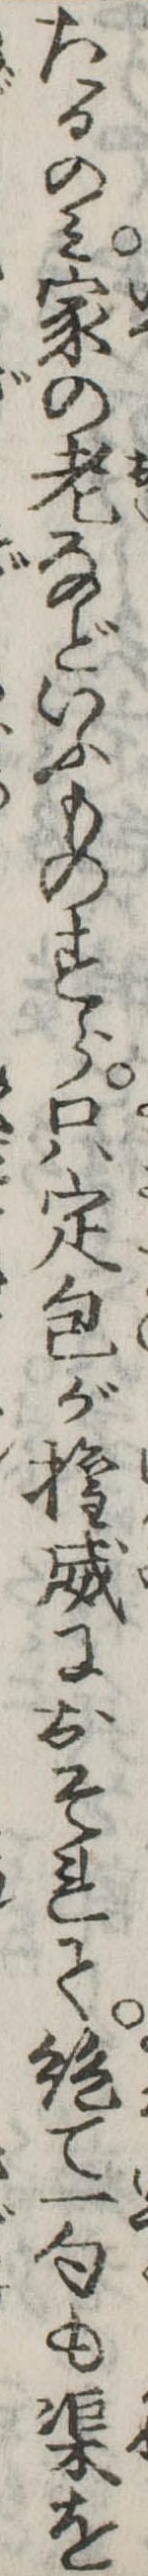
たるのみ家の老などいふものすら只定包が権威におそれて絶て一句も渠を